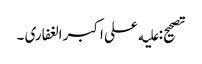
تصحیح: علیه علی اکبر الغفاری ۔